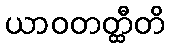
ယာဝတတ္ထီတိ